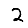
Digit: 2